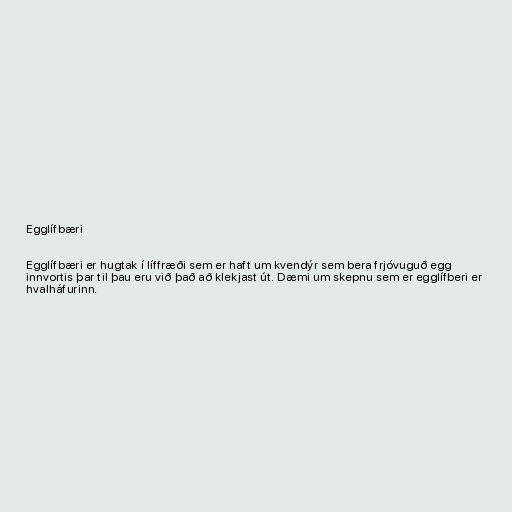
Egglífbæri

Egglífbæri er hugtak í líffræði sem er haft um kvendýr sem bera frjóvuguð egg
innvortis þar til þau eru við það að klekjast út. Dæmi um skepnu sem er egglífberi er
hvalháfurinn.